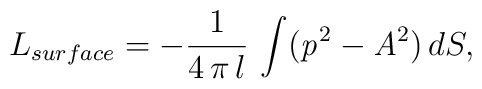
L_{surface}=-\frac{1}{4\,\pi \,l}\,\int ({\it p}^{2}-{\it A}^{2})\,dS,